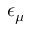
\epsilon _ { \mu }